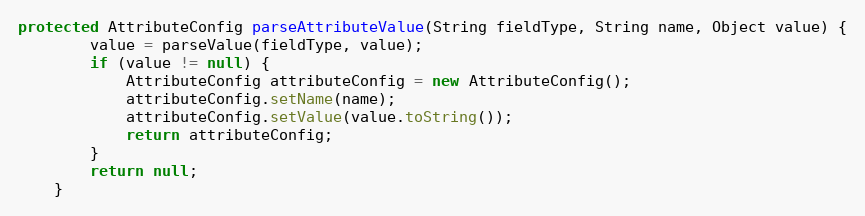
Language: Java
protected AttributeConfig parseAttributeValue(String fieldType, String name, Object value) {
		value = parseValue(fieldType, value);
		if (value != null) {
			AttributeConfig attributeConfig = new AttributeConfig();
			attributeConfig.setName(name);
			attributeConfig.setValue(value.toString());
			return attributeConfig;
		}
		return null;
	}